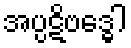
အပ္ပဋိဗဒ္ဓေါ